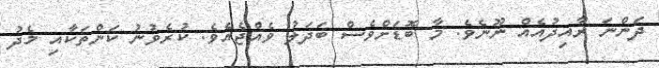
ދަންނަ ރާއިދުއެއް ނޫނެވެ. މާ ބޮޑަށްވެސް ބަދަލު ވެއްޖެއެވެ. ކުރެވުނު ކަންތަކާއި މެދު